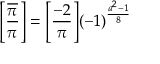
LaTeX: { \Bigg [ } { \frac { \overline { { \pi } } } { \pi } } { \Bigg ] } = { \Bigg [ } { \frac { - 2 } { \pi } } { \Bigg ] } ( - 1 ) ^ { \frac { a ^ { 2 } - 1 } { 8 } }